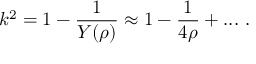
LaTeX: k ^ { 2 } = 1 - \frac { 1 } { Y ( \rho ) } \approx 1 - \frac { 1 } { 4 \rho } + . . . ~ .